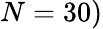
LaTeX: N=30)